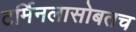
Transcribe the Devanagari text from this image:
टर्मिनलासोबतच